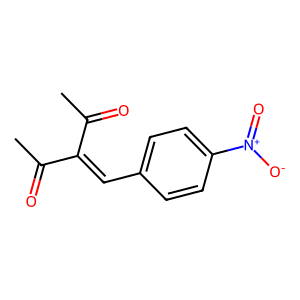
SMILES: CC(=O)C(=Cc1ccc([N+](=O)[O-])cc1)C(C)=O
Inhibits HIV replication: No